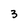
Character: 3